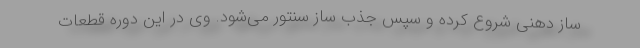
ساز دهنی شروع کرده و سپس جذب ساز سنتور می‌شود. وی در این دوره قطعات